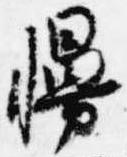
幔